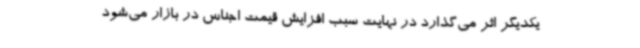
یکدیگر اثر می‌گذارد در نهایت سبب افزایش قیمت اجناس در بازار می‌شود